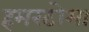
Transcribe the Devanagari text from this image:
हमरटोमा